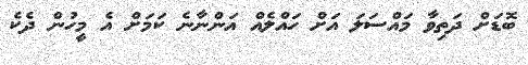
ބޮޑަށް ދަތިވާ މައްސަލަ އަށް ހައްލެއް އަންނާނެ ކަމަށް އެ މީހުން ދެކެ